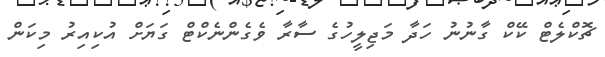
ޗޮކްލެޓް ކޭކް ގާނުނު ހަދާ މަޖިލީހުގެ ސާރާ ވެގެންނެކްޓް ގަޔަށް އުކިއިރު މިކަން